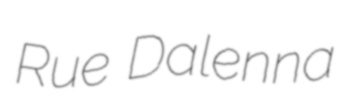
Rue Dalenna